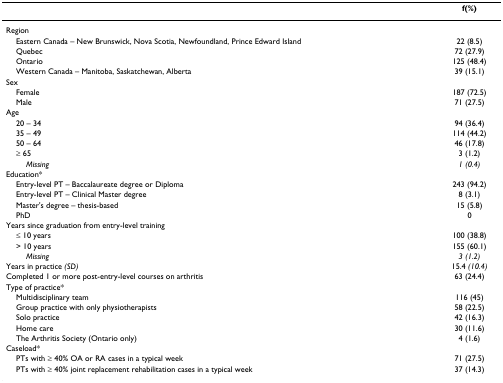
<table><thead><tr><td>[EMPTY_CELL]</td><td><b>f(%)</b></td></tr></thead><tbody><tr><td>Region</td><td>[EMPTY_CELL]</td></tr><tr><td> Eastern Canada – New Brunswick, Nova Scotia, Newfoundland, Prince Edward Island</td><td>22 (8.5)</td></tr><tr><td> Quebec</td><td>72 (27.9)</td></tr><tr><td> Ontario</td><td>125 (48.4)</td></tr><tr><td> Western Canada – Manitoba, Saskatchewan, Alberta</td><td>39 (15.1)</td></tr><tr><td>Sex</td><td>[EMPTY_CELL]</td></tr><tr><td> Female</td><td>187 (72.5)</td></tr><tr><td> Male</td><td>71 (27.5)</td></tr><tr><td>Age</td><td>[EMPTY_CELL]</td></tr><tr><td> 20 – 34</td><td>94 (36.4)</td></tr><tr><td> 35 – 49</td><td>114 (44.2)</td></tr><tr><td> 50 – 64</td><td>46 (17.8)</td></tr><tr><td> ≥ 65</td><td>3 (1.2)</td></tr><tr><td><i>Missing</i></td><td><i>1 (0.4)</i></td></tr><tr><td>Education*</td><td>[EMPTY_CELL]</td></tr><tr><td> Entry-level PT – Baccalaureate degree or Diploma</td><td>243 (94.2)</td></tr><tr><td> Entry-level PT – Clinical Master degree</td><td>8 (3.1)</td></tr><tr><td> Master's degree – thesis-based</td><td>15 (5.8)</td></tr><tr><td> PhD</td><td>0</td></tr><tr><td>Years since graduation from entry-level training</td><td>[EMPTY_CELL]</td></tr><tr><td> ≤ 10 years</td><td>100 (38.8)</td></tr><tr><td> &gt; 10 years</td><td>155 (60.1)</td></tr><tr><td><i>Missing</i></td><td><i>3 (1.2)</i></td></tr><tr><td>Years in practice <i>(SD)</i></td><td>15.4 <i>(10.4)</i></td></tr><tr><td>Completed 1 or more post-entry-level courses on arthritis</td><td>63 (24.4)</td></tr><tr><td>Type of practice*</td><td>[EMPTY_CELL]</td></tr><tr><td> Multidisciplinary team</td><td>116 (45)</td></tr><tr><td> Group practice with only physiotherapists</td><td>58 (22.5)</td></tr><tr><td> Solo practice</td><td>42 (16.3)</td></tr><tr><td> Home care</td><td>30 (11.6)</td></tr><tr><td> The Arthritis Society (Ontario only)</td><td>4 (1.6)</td></tr><tr><td>Caseload*</td><td>[EMPTY_CELL]</td></tr><tr><td> PTs with ≥ 40% OA or RA cases in a typical week</td><td>71 (27.5)</td></tr><tr><td> PTs with ≥ 40% joint replacement rehabilitation cases in a typical week</td><td>37 (14.3)</td></tr></tbody></table>